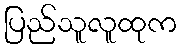
ပြည်သူလူထုက